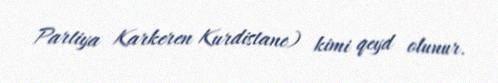
Partiya Karkeren Kurdistane) kimi qeyd olunur.